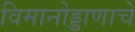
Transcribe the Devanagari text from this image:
विमानोड्डाणाचे